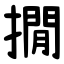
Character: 撊